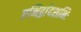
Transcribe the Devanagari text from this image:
एभिर्द्वादशभिः